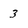
Character: 3